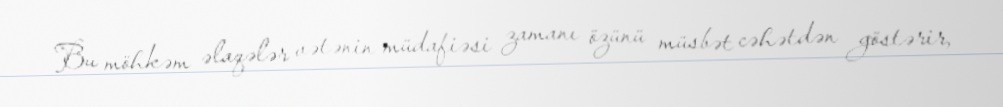
Bu möhkəm əlaqələr vətənin müdafiəsi zamanı özünü müsbət cəhətdən göstərir,